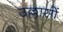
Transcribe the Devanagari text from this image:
उल्लासों